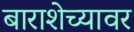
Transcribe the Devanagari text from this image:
बाराशेच्यावर